Lunatic asylums Punjab 1895-1910 - 1895-1910
Year: 1895
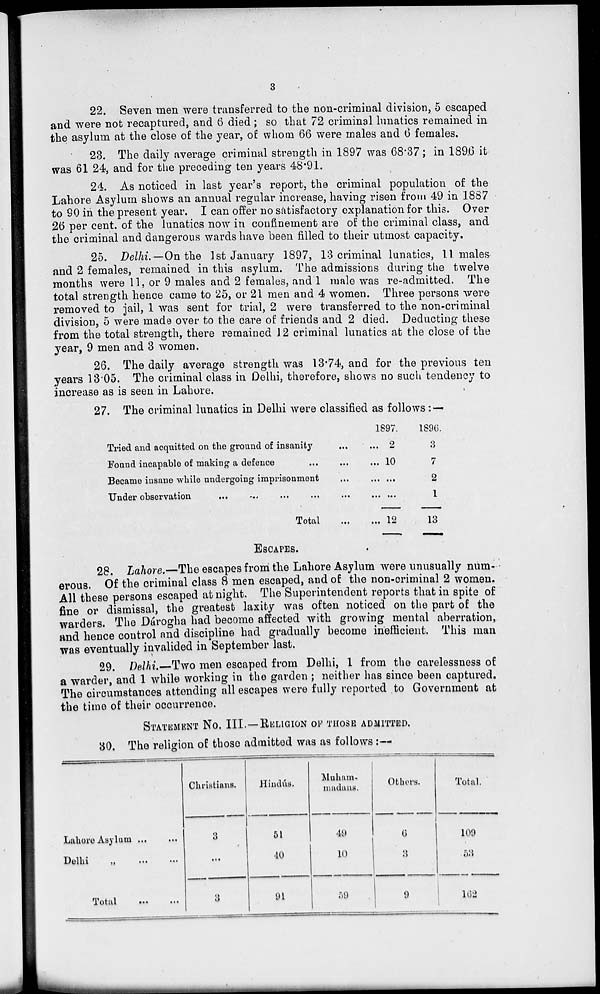
3
22. Seven men were transferred to the non-criminal division, 5 escaped
and were not recaptured, and 6 died; so that 72 criminal lunatics remained in
the asylum at the close of the year, of whom 66 were males and 6 females.
23. The daily average criminal strength in 1897 was 68.37; in 1896 it
was 61 24, and for the preceding ten years 48.91.
24. As noticed in last year's report, the criminal population of the
Lahore Asylum shows an annual regular increase, having risen from 49 in 1887
to 90 in the present year. I can offer no satisfactory explanation for this. Over
26 per cent. of the lunatics now in confinement are of the criminal class, and
the criminal and dangerous wards have been filled to their utmost capacity.
25. Delhi.—On the 1st January 1897, 13 criminal lunatics, 11 males
and 2 females, remained in this asylum. The admissions during the twelve
months were 11, or 9 males and 2 females, and 1 male was re-admitted. The
total strength hence came to 25, or 21 men and 4 women. Three persons were
removed to jail, 1 was sent for trial, 2 were transferred to the non-criminal
division, 5 were made over to the care of friends and 2 died. Deducting these
from the total strength, there remained 12 criminal lunatics at the close of the
year, 9 men and 3 women.
26. The daily average strength was 13.74, and for the previous ten
years 13.05. The criminal class in Delhi, therefore, shows no such tendency to
increase as is seen in Lahore.
27. The criminal lunatics in Delhi were classified as follows: —
Tried and acquitted on the ground of insanity ... ...
Found incapable of making a defence
...
...
...
Became insane while undergoing imprisonment ... ...
Under observation
...
...
...
...
...
Total ...
1897.
2
10
...
...
12
1896.
3
7
2
1
13
ESCAPES.
28. Lahore.—The escapes from the Lahore Asylum were unusually num-
erous. Of the criminal class 8 men escaped, and of the non-criminal 2 women.
All these persons escaped at night. The Superintendent reports that in spite of
fine or dismissal, the greatest laxity was often noticed on the part of the
warders. The Dárogha had become affected with growing mental aberration,
and hence control and discipline had gradually become inefficient. This man
was eventually invalided in September last.
29. Delhi.—Two men escaped from Delhi, 1 from the carelessness of
a warder, and 1 while working in the garden ; neither has since been captured.
The circumstances attending all escapes were fully reported to Government at
the time of their occurrence.
STATEMENT No. III.—RELIGION OF THOSE ADMITTED.
80, The religion of those admitted was as follows:—
Lahore Asylum ... ...
Delhi „ ... ...
Total ... ...
Christians.
3
...
3
Hindú.
51
40
91
Muham-
madans.
49
10
59
Others.
6
3
9
Total.
109
53
162